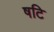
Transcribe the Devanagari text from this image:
षटि